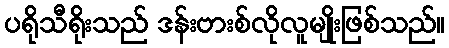
ပရိုသီရိုးသည် ဒန်းဗားစ်လိုလူမျိုးဖြစ်သည်။